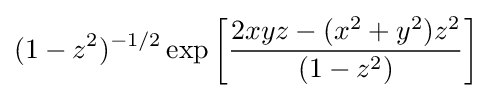
(1-z^{2})^{-1/2}\exp \left[{\frac {2xyz-(x^{2}+y^{2})z^{2}}{(1-z^{2})}}\right]